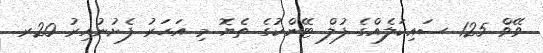
ވޭވް 125 ސައިކަލެއްގެ ފުލް ޓޭންކުގެ ތެޔޮ މި އަހަރު ފެށުނުއިރު 20ރ.